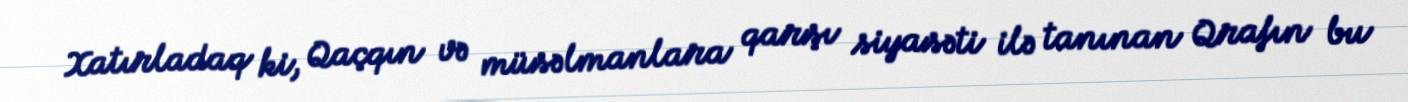
Xatırladaq ki, Qaçqın və müsəlmanlara qarşı siyasəti ilə tanınan Qrafın bu